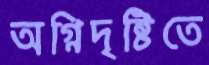
অগ্নিদৃষ্টিতে